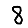
Digit: 8